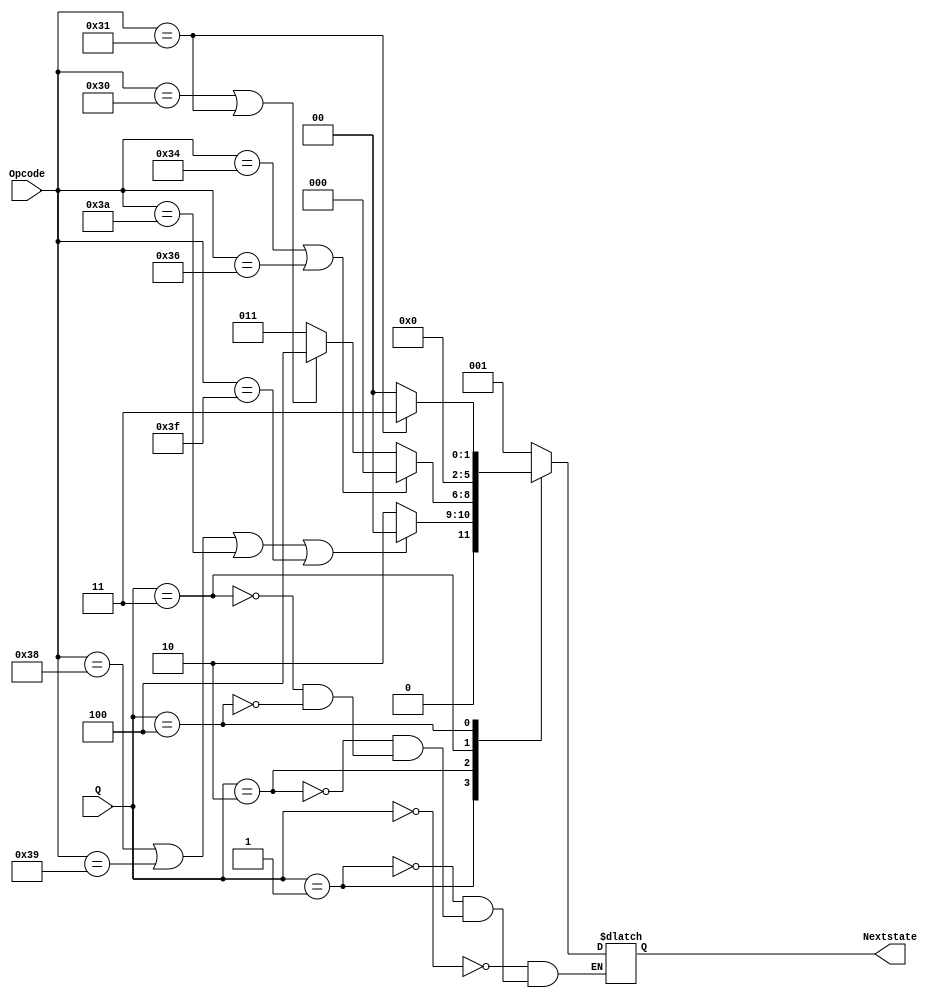
`timescale 1ns / 1ps
//////////////////////////////////////////////////////////////////////////////////
// Company: 
// Engineer: 
// 
// Design Name: 
// Module Name: NextState
// Project Name: 
// Target Devices: 
// Tool Versions: 
// Description: 
// 
// Dependencies: 
// 
// Revision:
// Revision 0.01 - File Created
// Additional Comments:
// 
//////////////////////////////////////////////////////////////////////////////////

// ControlUnit
// 
// 000-IF001-ID010-EXE011-WB100MEM
module NextState(Q,Opcode,Nextstate);
    input [2:0] Q;
    input [5:0] Opcode;
    output reg [2:0] Nextstate;
    initial begin
        Nextstate = 3'b000;
    end
    always @ (Q or Opcode) begin
        case (Q) 
            3'b000 : Nextstate = 3'b001;
            3'b001 : begin
                if(Opcode == 6'b111000 || Opcode == 6'b111001 || Opcode == 6'b111010 || Opcode == 6'b111111) 
                    Nextstate = 3'b000;     //j,jal,jr,halt
                else Nextstate = 3'b010;
            end
            3'b010 : begin
                if(Opcode == 6'b110100 || Opcode == 6'b110110) Nextstate = 3'b000;  //beq,bltz
                else if(Opcode == 6'b110000 || Opcode == 6'b110001) Nextstate = 3'b100; //sw,lw
                else Nextstate = 3'b011;    
            end
            3'b011 : begin 
                Nextstate = 3'b000;
            end 
            3'b100 : begin
                if (Opcode == 6'b110001) Nextstate = 3'b011;    //lw
                else Nextstate = 3'b000;    //sw
            end
        endcase
    end
endmodule